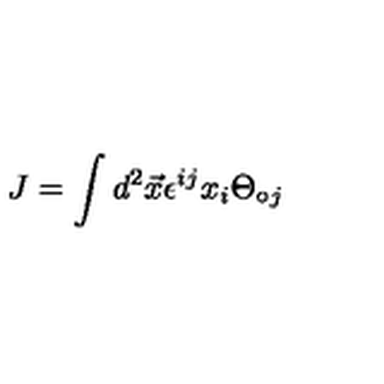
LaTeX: J = \int d ^ { 2 } \vec { x } \epsilon ^ { i j } x _ { i } \Theta _ { \circ j }